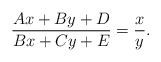
\begin{align*}\frac{{Ax + By + D}}{{Bx + Cy + E}} = \frac{x}{y}.\end{align*}